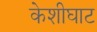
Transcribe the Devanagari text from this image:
केशीघाट